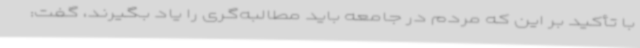
با تأکید بر این که مردم در جامعه باید مطالبه‌گری را یاد بگیرند، گفت: